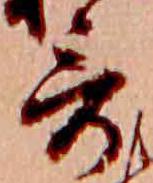
哥